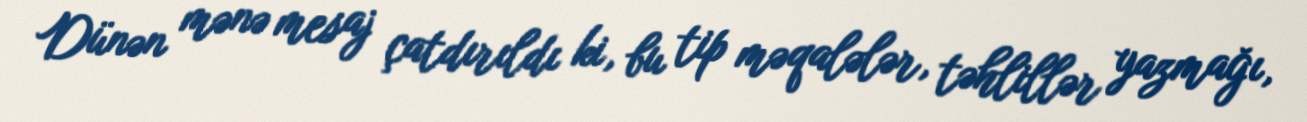
Dünən mənə mesaj çatdırıldı ki, bu tip məqalələr, təhlillər yazmağı,